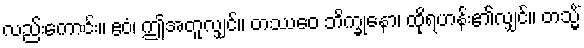
လည်းကောင်း။ ဧဝံ၊ ဤအတူလျှင်။ တဿေဝ ဘိက္ခုနော၊ ထိုရဟန်း၏လျှင်။ တသ္မိံ